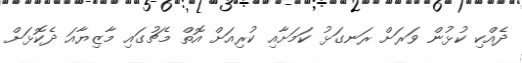
ދެއްކި ކުޅުން ވަރަށް ރަނގަޅު ކަމަށާއި ކުރިއަށް އޮތް މެޗުގައި މާޒިޔާއަ ދެކޮޅަށް